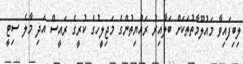
ލިބިފައިވާ މައުލޫމާތުތަކަށް ބަލާއިރު ރައްޔިތުންގެ މަޖިލީހުގެ ކުރީގެ ރައީސް އަދި މާލެ ސިޓީ